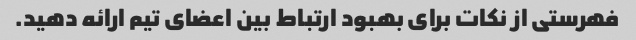
فهرستی از نکات برای بهبود ارتباط بین اعضای تیم ارائه دهید.